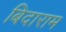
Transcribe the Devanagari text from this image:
बिदाराम